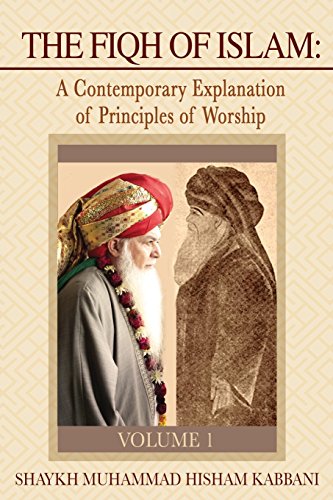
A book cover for The Fiqh of Islam: A Contemporary Explanation of Principles of Worship, Volume 1; Shaykh Muhammad Hisham Kabbani; Religion & Spirituality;